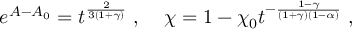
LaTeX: e ^ { A - A _ { 0 } } = t ^ { \frac { 2 } { 3 ( 1 + \gamma ) } } \; , \; \; \; \; \chi = 1 - \chi _ { 0 } t ^ { - \frac { 1 - \gamma } { ( 1 + \gamma ) ( 1 - \alpha ) } } \; ,